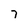
Character: 7